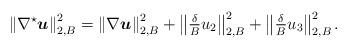
LaTeX: \begin{align*}\left\|\nabla^\star{ \boldsymbol u}\right\|_{2,B}^2=\left\|\nabla { \boldsymbol u}\right\|_{2,B}^2+\left\|\tfrac{\delta}{B}u_2\right\|_{2,B}^2+\left\|\tfrac{\delta}{B}u_3\right\|_{2,B}^2.\end{align*}